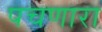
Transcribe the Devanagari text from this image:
पचणारा